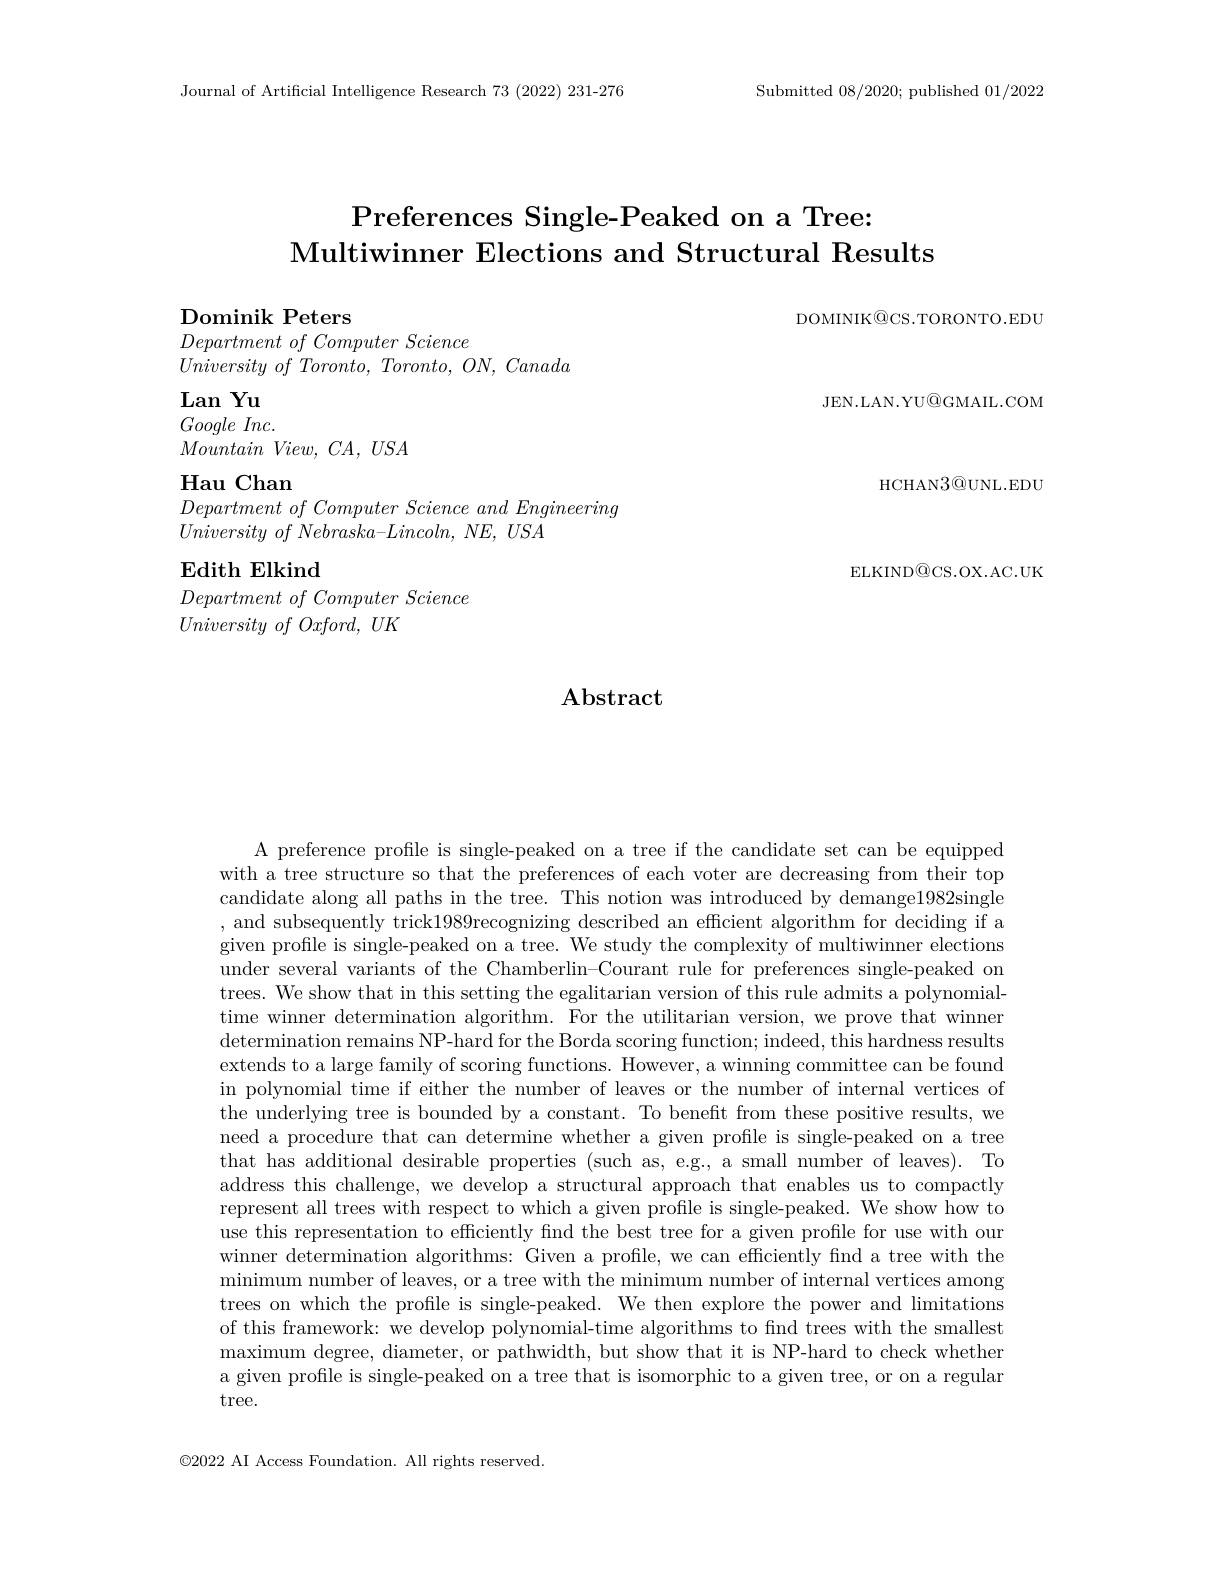
Journal of Artificial Intelligence Research 73 (2022) 231-276

Submitted 08/2020; published 01/2022

## Preferences Single- Peaked on a Tree: Multiwinner Elections and Structural Results

DOMINIK@CS.TORONTO.EDU

Dominik Peters

$Department\textit{of Computer Science}$
$\dot {University}$ $of$ $Toronto$, $Toronto$, $ON$, Canada

Lan Yu $Google\textit{ Inc. }$ Mountain $View$, $CA$, $USA$
Hau Chan
$Department\textit{ of Computer Science and Engineering}$
$University\textit{ of Nebraska- Lincoln, NE, USA}$
$\textbf{Edith Elkind}$
$Department\textit{of Computer Science}$
$University\textit{ of Oxford, UK}$

JEN.LAN.YU@GMAIL.COM
HCHAN3@UNL.EDU ELKIND@CS.OX.AC.UK

## $\mathbf{Abstract}$

A preference profile is single-peaked on a tree if the candidate set can be equipped with a tree structure so that the preferences of each voter are decreasing from their top candidate along all paths in the tree. This notion was introduced by demange1982single , and subsequently trick1989recognizing described an efficient algorithm for deciding if a given profile is single-peaked on a tree. We study the complexity of multiwinner elections under several variants of the Chamberlin-Courant rule for preferences single-peaked on trees. We show that in this setting the egalitarian version of this rule admits a polynomialtime winner determination algorithm. For the utilitarian version, we prove that winner determination remains NP- hard for the Borda scoring function; indeed, this hardness results extends to a large family of scoring functions. However, a winning committee can be found in polynomial time if either the number of leaves or the number of internal vertices of the underlying tree is bounded by a constant. To benefit from these positive results, we need a procedure that can determine whether a given profile is single-peaked on a tree that has additional desirable properties (such as, e.g., a small number of leaves). To address this challenge, we develop a structural approach that enables us to compactly represent all trees with respect to which a given profile is single-peaked. We show how to use this representation to efficiently find the best tree for a given profile for use with our winner determination algorithms: Given a profile, we can efficiently find a tree with the minimum number of leaves, or a tree with the minimum number of internal vertices among trees on which the profile is single-peaked. We then explore the power and limitations of this framework: we develop polynomial-time algorithms to find trees with the smallest maximum degree, diameter, or pathwidth, but show that it is NP-hard to check whether a given profile is single-peaked on a tree that is isomorphic to a given tree, or on a regular tree.

$\textcircled{2}022$ AI Access Foundation. All rights reserved